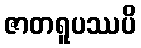
ဇာတရူပဿပိ